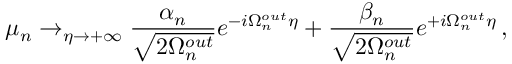
\mu _ { n } \rightarrow _ { \eta \rightarrow + \infty } \frac { \alpha _ { n } } { \sqrt { 2 \Omega _ { n } ^ { o u t } } } e ^ { - i \Omega _ { n } ^ { o u t } \eta } + \frac { \beta _ { n } } { \sqrt { 2 \Omega _ { n } ^ { o u t } } } e ^ { + i \Omega _ { n } ^ { o u t } \eta } \, ,